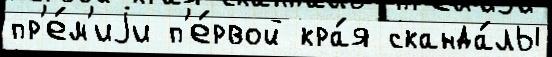
пр'е́м'иjи п'е́рвой кра́я сканда́лы